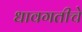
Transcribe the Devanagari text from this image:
धावगतीचे